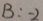
B : - 2